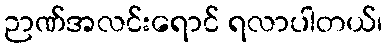
ဉာဏ်အလင်းရောင် ရလာပါတယ်၊